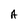
Character: A